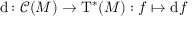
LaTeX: \mathrm { d } \colon { \mathcal { C } } ( M ) \to \mathrm { T } ^ { * } ( M ) : f \mapsto \mathrm { d } f